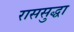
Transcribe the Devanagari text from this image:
राससुद्धा